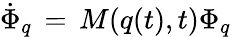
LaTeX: {\dot{\Phi}_{q}}\, =\, M(q(t),t)\Phi_{q}